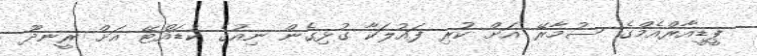
ޕީޑީއާރްއެމްގެ ސުމާރޭ އަށް ކުރި ފައުލަކާ ގުޅިގެން ނިއުގެ ކުޑައްޓޭ އަށް ރީނދޫ